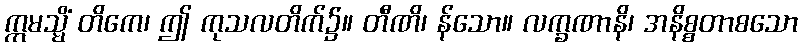
ဣမသ္မိံ တိကေ၊ ဤ ကုသလတိက်၌။ တီဏိ၊ န်သော။ လက္ခဏာနိ၊ အနိစ္စတာစသော